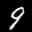
Label: 9